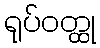
ရုပ်ဝတ္ထု